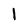
Character: 1